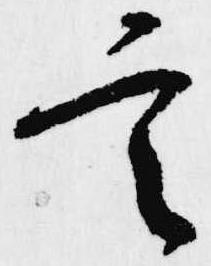
定